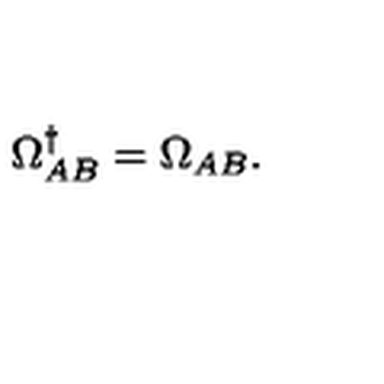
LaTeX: \Omega _ { A B } ^ { \dagger } = \Omega _ { A B } .